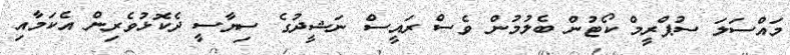
މައްސަލަ ސުޕްރީމް ކޯޓުން ބެލުމުން ވެސް ރައީސް ނަޝީދުގެ ސިޔާސީ ދެކޮޅުވެރިން އެކަމާއި